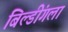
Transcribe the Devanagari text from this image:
बिल्डींगला